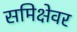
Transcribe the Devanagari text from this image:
समिक्षेवर